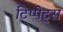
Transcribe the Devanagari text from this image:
टिप्‍पेट्स